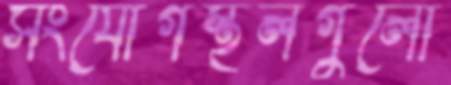
সংযোগস্থলগুলো